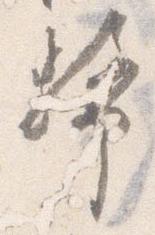
幣